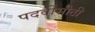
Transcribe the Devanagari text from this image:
पदवीसीठी